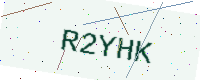
Text: R2YHK